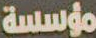
مؤسسة